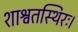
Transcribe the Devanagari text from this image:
शाश्वतस्थिरः।